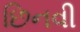
છિનવી